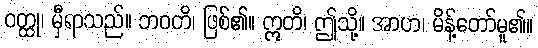
ဝတ္ထု၊ မှီရာသည်။ ဘဝတိ၊ ဖြစ်၏။ ဣတိ၊ ဤသို့။ အာဟ၊ မိန့်တော်မူ၏။